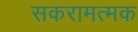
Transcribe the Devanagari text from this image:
सकरामत्मक